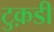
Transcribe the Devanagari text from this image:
टुक़डी